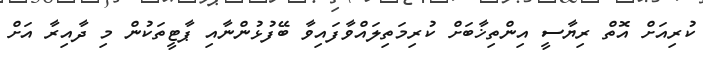
ކުރިއަށް އޮތް ރިޔާސީ އިންތިޚާބަށް ކުރިމަތިލައްވާފައިވާ ބޭފުޅުންނާއި ޕާޓީތަކުން މި ދާއިރާ އަށް